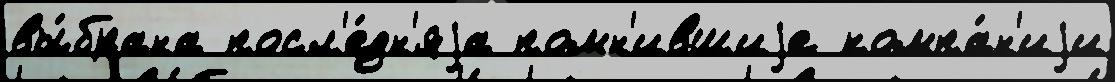
вы́брана посл'е́дн'яjа помн'ившиjе компа́н'иjи